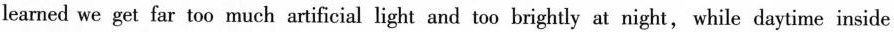
learned we get far too much artificial light and too brightly at night, while daytime inside